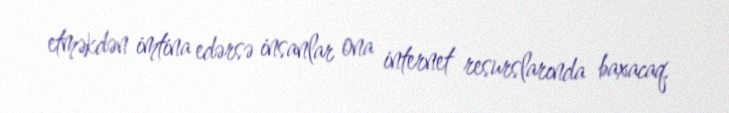
etməkdən imtina edərsə insanlar ona internet resurslarında baxacaq.